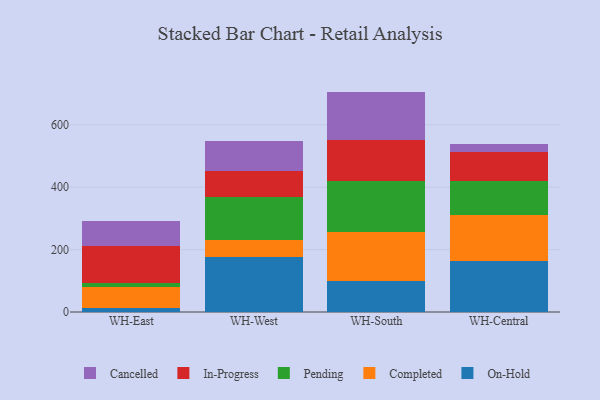
{"axis": {"x": "Warehouse", "y": "Operating Costs (USD K)"}, "legend": ["Cancelled", "Completed", "In-Progress", "On-Hold", "Pending"], "data": [{"x": "WH-East", "y": 12.2, "type": "On-Hold"}, {"x": "WH-East", "y": 67.8, "type": "Completed"}, {"x": "WH-East", "y": 11.8, "type": "Pending"}, {"x": "WH-East", "y": 119.5, "type": "In-Progress"}, {"x": "WH-East", "y": 81.6, "type": "Cancelled"}, {"x": "WH-West", "y": 177.1, "type": "On-Hold"}, {"x": "WH-West", "y": 53.8, "type": "Completed"}, {"x": "WH-West", "y": 136.4, "type": "Pending"}, {"x": "WH-West", "y": 85.1, "type": "In-Progress"}, {"x": "WH-West", "y": 96.9, "type": "Cancelled"}, {"x": "WH-South", "y": 98.6, "type": "On-Hold"}, {"x": "WH-South", "y": 158.7, "type": "Completed"}, {"x": "WH-South", "y": 161.3, "type": "Pending"}, {"x": "WH-South", "y": 132.1, "type": "In-Progress"}, {"x": "WH-South", "y": 155.8, "type": "Cancelled"}, {"x": "WH-Central", "y": 163.8, "type": "On-Hold"}, {"x": "WH-Central", "y": 147.6, "type": "Completed"}, {"x": "WH-Central", "y": 107.2, "type": "Pending"}, {"x": "WH-Central", "y": 95.9, "type": "In-Progress"}, {"x": "WH-Central", "y": 24.8, "type": "Cancelled"}]}